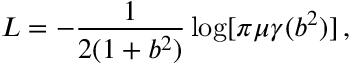
L = - \frac { 1 } { 2 ( 1 + b ^ { 2 } ) } \log [ \pi \mu \gamma ( b ^ { 2 } ) ] \, ,